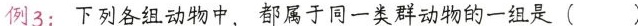
例3: 下列各组动物中，都属于同一类群动物的一组是（）